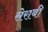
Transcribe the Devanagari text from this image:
सेराबी